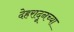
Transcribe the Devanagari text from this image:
देहरादूनच्या